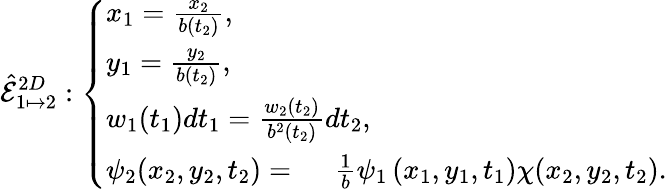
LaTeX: \hat{\mathcal{E}}_{1\mapsto 2}^{2D}:\left\{ \begin{array}{ll}{x_{1}=\frac{x_{2}}{b(t_{2})},}\\ {y_{1}=\frac{y_{2}}{b(t_{2})},}\\ {w_{1}(t_{1})dt_{1}=\frac{w_{2}(t_{2})}{b^{2}(t_{2})}dt_{2},}\\ {\psi_{2}(x_{2},y_{2},t_{2})=\ ~~~~\frac{1}{b}\psi_{1}\left(x_{1},y_{1},t_{1}\right)\chi(x_{2},y_{2},t_{2}).}\end{array}\right.